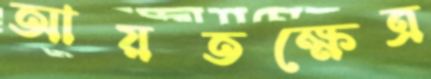
আয়তক্ষেত্র